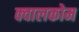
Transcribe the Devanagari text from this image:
क्वालकोम